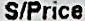
S/PRICE